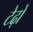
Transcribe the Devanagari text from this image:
टेढ़ों